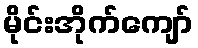
မိုင်းအိုက်ကျော်